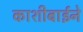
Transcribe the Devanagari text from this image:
काशीबाईने